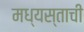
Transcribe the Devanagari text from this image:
मध्यस्ताची